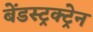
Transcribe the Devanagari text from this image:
बेंडस्ट्रक्ट्रेन